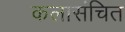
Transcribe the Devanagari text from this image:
कलासंचित